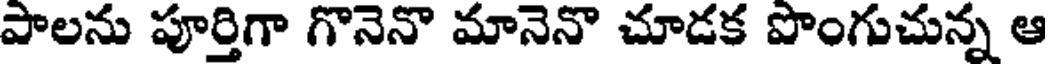
పాలను పూర్తిగా గొనెనొ మానెనొ చూడక పొంగుచున్న ఆ